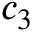
c _ { 3 }